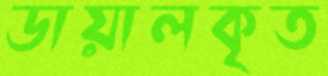
ডায়ালকৃত